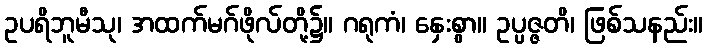
ဥပရိဘူမီသု၊ အထက်မဂ်ဖိုလ်တို့၌။ ဂရုကံ၊ နှေးစွာ။ ဥပ္ပဇ္ဇတိ၊ ဖြစ်သနည်း။